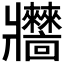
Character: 𤖧